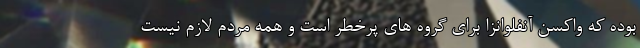
بوده که واکسن آنفلوانزا برای گروه های پرخطر است و همه مردم لازم نیست